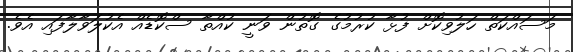
މަސައްކަތް ހަލުވިކޮށް ފުޅާ ކުރުމުގެ ގޮތުން ވަނީ ކުއްތާ ސްކޮޑެއް އެކުލަވާލާފައި އެވެ.